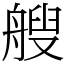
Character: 艘